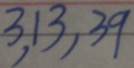
3 , 1 3 , 3 9